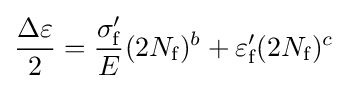
{\Delta \varepsilon  \over 2}={\frac {\sigma _{\text{f}}^{\prime }}{E}}(2N_{\text{f}})^{b}+\varepsilon _{\text{f}}^{\prime }(2N_{\text{f}})^{c}